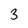
Character: 3